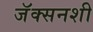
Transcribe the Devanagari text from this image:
जॅक्सनशी